Lunatic asylums Punjab 1868-1880 - 1868-1880
Year: 1868
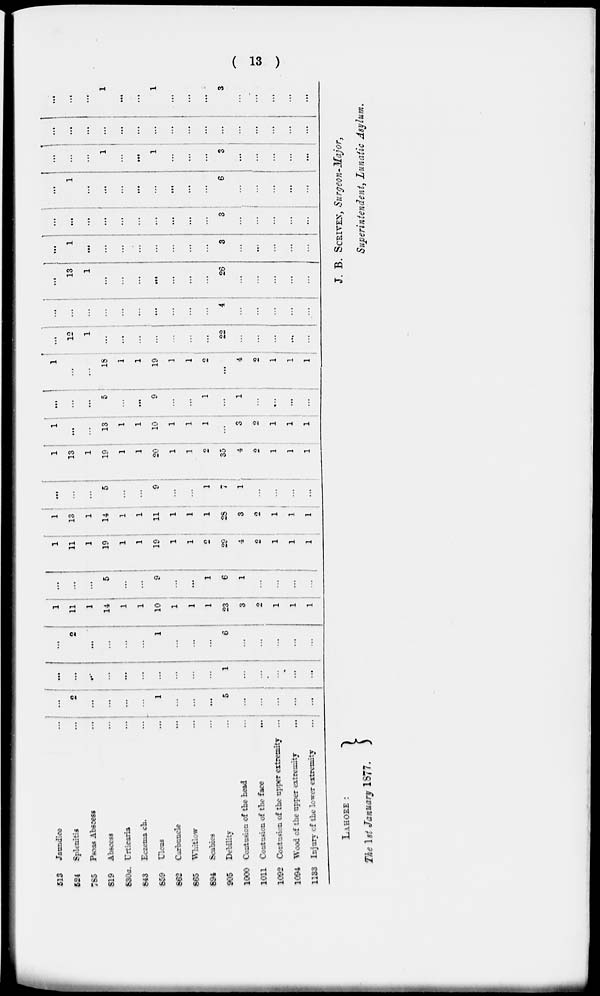
( 13 )
513
524
785
819
630a
843
859
862
865
894
905
1000
1011
1092
1094
1133
Jaundice ...
Splenitis ...
Psoas Abscess ...
Abscess ...
Urticaria
...
Eczema ch. ...
Ulcus
...
Carbuncle
...
Whitlow ...
Scabies ...
Debility ...
Contusion of the head. ...
Contusion of the face
...
Contusion of the upper extremity ...
Wood of the tipper extremity ...
Injury of the lower extremity ...
...
2
...
...
...
...
1
...
...
...
5
...
...
...
...
...
...
...
...
...
...
...
...
...
...
...
1
...
...
...
..
...
...
2
...
...
...
...
1
...
...
...
6
...
...
...
...
...
1
11
1
14
1
1
10
1
1
1
23
3
2
1
1
1
...
...
...
5
...
...
9
...
...
1
6
1
...
...
...
...
1
11
1
19
1
1
19
1
1
2
29
4
2
1
1
1
1
13
1
14
1
1
11
1
1
1
28
3
2
1
1
1
...
...
...
5
...
...
9
...
...
1
7
1
...
...
...
...
1
13
1
19
1
1
20
1
1
2
35
4
2
1
1
1
1
...
...
13
1
1
10
1
1
1
...
3
2
1
1
1
...
...
...
5
...
...
9
...
...
1
...
1
...
...
...
...
...
...
...
18
1
1
19
1
1
2
...
4
2
1
1
1
...
12
1
...
...
...
...
...
...
...
22
...
...
...
...
...
...
...
...
...
...
...
...
...
...
...
4
...
...
...
...
...
...
13
1
...
...
...
...
...
...
...
26
...
...
...
...
...
...
1
...
...
...
...
...
...
...
...
3
...
..
...
...
...
...
...
...
...
...
...
...
...
...
...
3
...
...
...
...
...
...
1
...
...
...
...
...
...
...
...
6
...
...
..
...
...
...
...
...
1
...
...
1
...
...
...
3
...
...
...
...
...
...
...
...
...
...
...
...
...
...
...
...
...
...
...
...
...
...
...
...
1
...
...
1
...
...
...
3
...
...
...
...
...
LAHORE :
The 1st January 1877.
J. B. SCRIVEN, Surgeon-Major,
Superintendent, Lunatic Asylum.